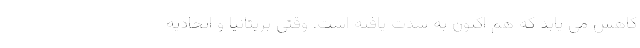
کاهش می یابد که هم اکنون به شدت یافته است. وقتی بریتانیا و اتحادیه